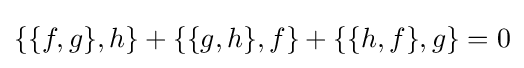
\{\{f,g\},h\}+\{\{g,h\},f\}+\{\{h,f\},g\}=0